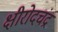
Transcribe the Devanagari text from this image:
क्षीरोदचंद्र